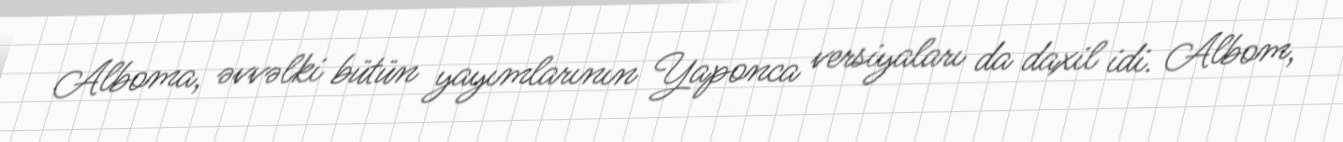
Alboma, əvvəlki bütün yayımlarının Yaponca versiyaları da daxil idi. Albom,